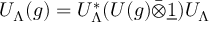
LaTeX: U _ { \Lambda } ( g ) = U _ { \Lambda } ^ { * } ( U ( g ) \bar { \otimes } \underline { { { 1 } } } ) U _ { \Lambda }